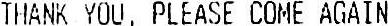
THANK YOU, PLEASE COME AGAIN